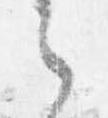
之